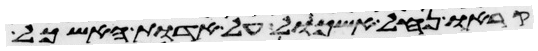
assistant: קראו נחל אשכול על אדות האשכול